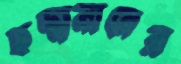
ছদ্মনামের